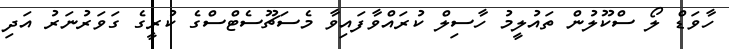
ހާވަޑް ލޯ ސްކޫލުން ތައުލީމު ހާސިލް ކުރައްވާފައިވާ މެސަޗޫސެޓްސްގެ ކުރީގެ ގަވަރުނަރު އަދި